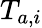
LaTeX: T_{a,i}